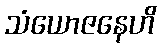
သံယောဇနေဟိ